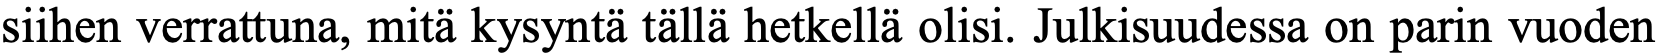
siihen verrattuna, mitä kysyntä tällä hetkellä olisi. Julkisuudessa on parin vuoden